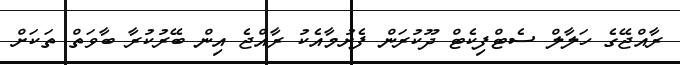
ރާއްޖޭގެ ހަލާލް ސެޓްފިކެޓް ދޫކުރަން ފެށުމާއެކު ރާއްޖެ އިން ބޭރުކުރާ ބާވަތް ތަކަށް